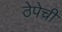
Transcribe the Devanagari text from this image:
ठेपेची